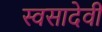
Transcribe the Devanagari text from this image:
स्वसादेवी